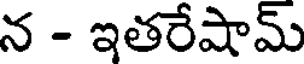
న - ఇతరేషామ్